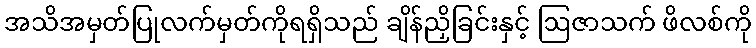
အသိအမှတ်ပြုလက်မှတ်ကိုရရှိသည် ချိန်ညှိခြင်းနှင့် ဩဇာသက် ဖိလစ်ကို